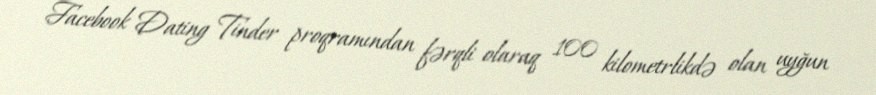
Facebook Dating Tinder proqramından fərqli olaraq 100 kilometrlikdə olan uyğun